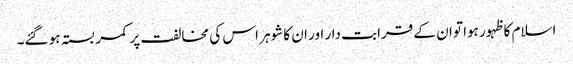
اسلام کا ظہور ہوا تو ان کے قرابت دار اور ان کا شوہر اس کی مخالفت پر کمر بستہ ہو گئے۔